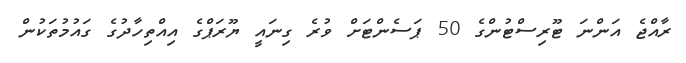
ރާއްޖެ އަަންނަ ޓޫރިސްޓުންގެ 50 ޕަސެންޓަށް ވުރެ ގިނައީ ޔޫރަޕްގެ އިއްތިހާދުގެ ގައުމުތަކުން